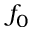
f _ { 0 }